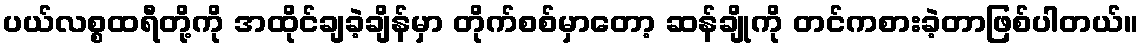
ပယ်လစ္စထရီတို့ကို အထိုင်ချခဲ့ချိန်မှာ တိုက်စစ်မှာတော့ ဆန်ချိုကို တင်ကစားခဲ့တာဖြစ်ပါတယ်။